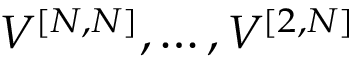
V ^ { [ { N } , { N } ] } , \ldots , V ^ { [ { 2 } , { N } ] }